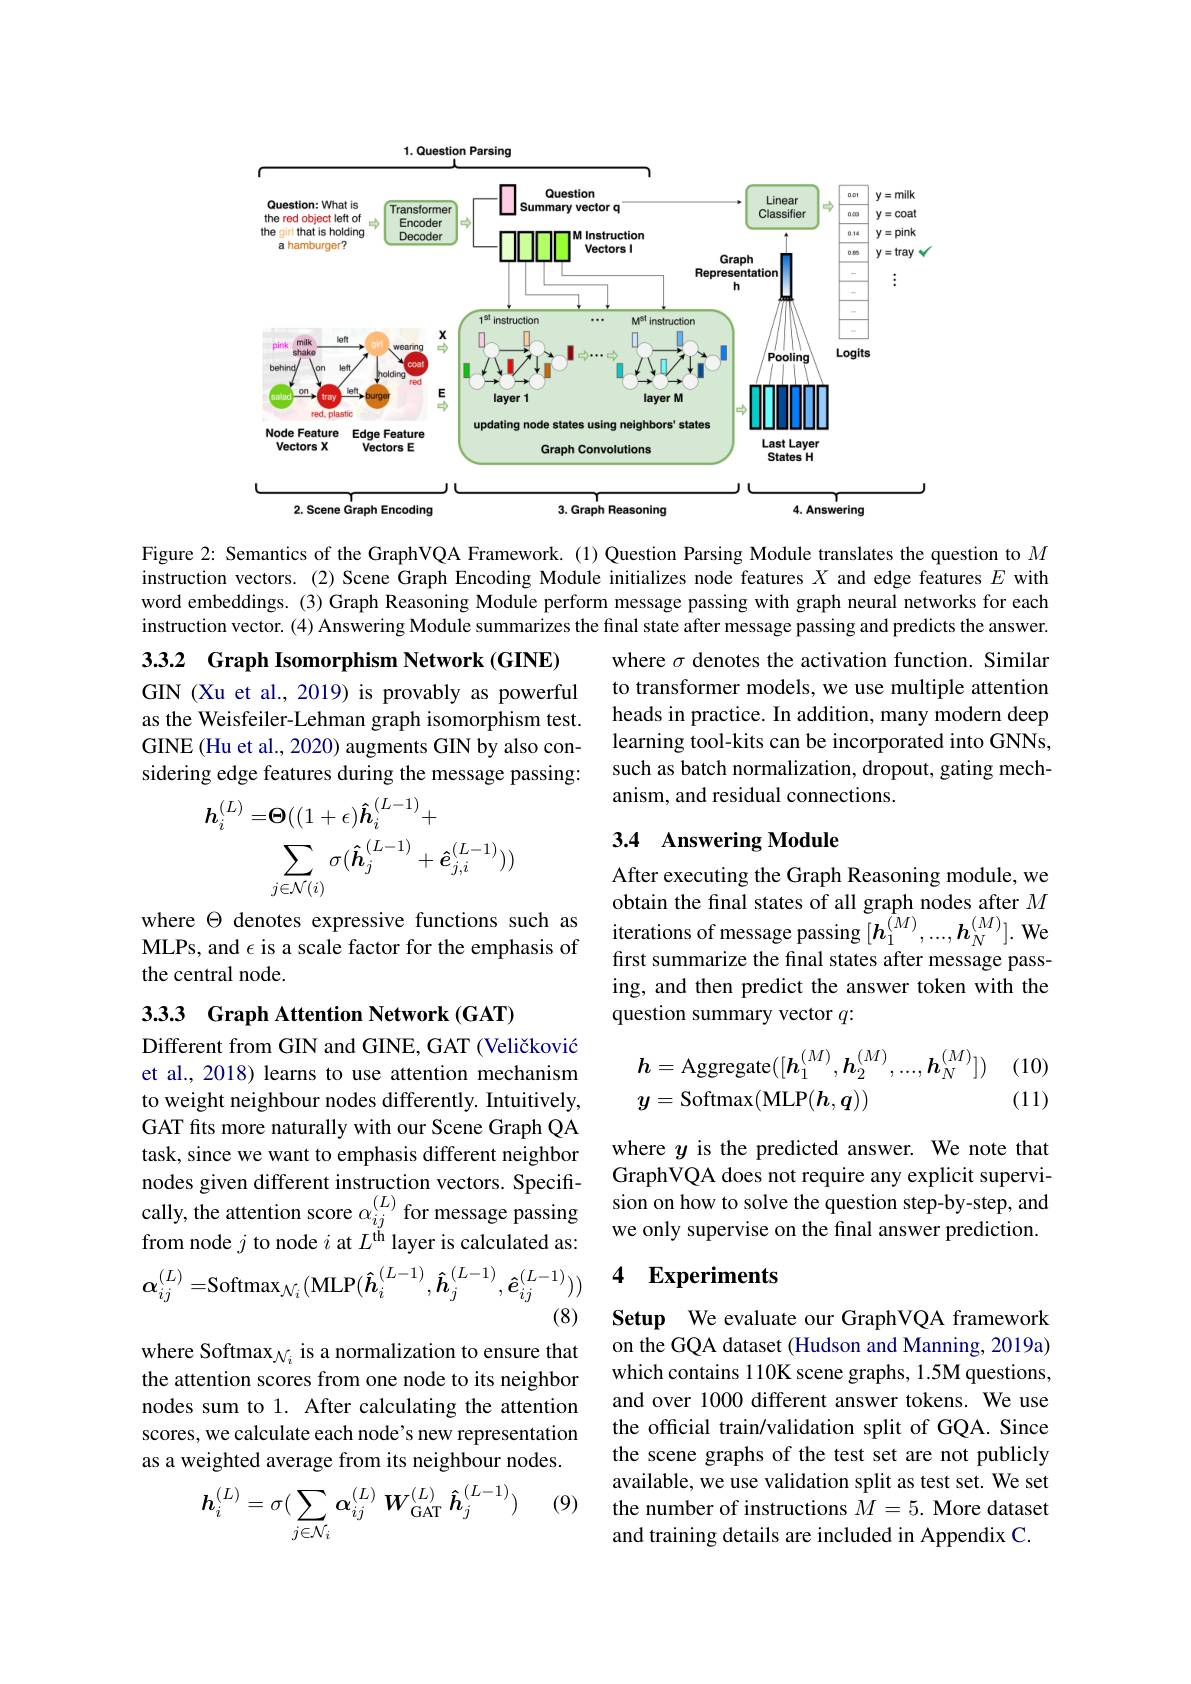
<FigureHere>

Figure 2: Semantics of the GraphVQA Framework.(1) Question Parsing Module translates the question to $M$ instruction vectors. (2) Scene Graph Encoding Module initializes node features $X$ and edge features $E$ with word embeddings. (3) Graph Reasoning Module perform message passing with graph neural networks for each instruction vector. (4) Answering Module summarizes the final state after message passing and predicts the answer.

3.3.2 Graph Isomorphism Network (GINE)

where $\sigma$ denotes the activation function. Similar to transformer models, we use multiple attention heads in practice. In addition, many modern deep learning tool-kits can be incorporated into GNNs, such as batch normalization, dropout, gating mechanism, and residual connections.

GIN (Xu et al., 2019) is provably as powerful as the Weisfeiler-Lehman graph isomorphism test. GINE (Hu et al., 2020) augments GIN by also considering edge features during the message passing:

## 3.4 Answering Module
$$\boldsymbol{h}_{i}^{(L)}=\boldsymbol{\Theta}((1+\epsilon)\boldsymbol{\hat{h}}_{i}^{(L-1)}+\\\sum_{j\in\mathcal{N}(i)}\sigma(\hat{\boldsymbol{h}}_{j}^{(L-1)}+\hat{\boldsymbol{e}}_{j,i}^{(L-1)}))$$
obtain the final states of all graph nodes after $M$ where $\Theta$ denotes expressive functions such asiterations of message passing $[ \boldsymbol{h}_1^{( M) }, \ldots , \boldsymbol{h}_N^{( M) }] .$ We MLPs, and $\epsilon$ is a scale factor for the emphasis offrst summarize the fnal

After executing the Graph Reasoning module, we first summarize the final states after message passing, and then predict the answer token with the question summary vector $q:$

the central node.

3.33 Graph Attention Network (GAT)
$$\begin{aligned}&\boldsymbol{h}=\mathrm{Aggregate}([\boldsymbol{h}_{1}^{(M)},\boldsymbol{h}_{2}^{(M)},...,\boldsymbol{h}_{N}^{(M)}])\\&\boldsymbol{y}=\mathrm{Softmax}(\mathrm{MLP}(\boldsymbol{h},\boldsymbol{q}))\end{aligned}$$
Different from GIN and GINE, GAT (Veličković et al., 2018) learns to use attention mechanism to weight neighbour nodes differently. Intuitively, GAT fits more naturally with our Scene Graph QA task, since we want to emphasis different neighbor nodes given different instruction vectors. Specifically, the attention score $\alpha_{ij}^{(L)}$for message passing sion on how to solve the question step-by-step, and cally, the attention score $\alpha_{ij}^{(L)}$for message passing we only supervise on the final answer prediction.
from node $j$ to node $i$ at $L^\mathrm{th}$ layer is calculated as:
$$\alpha_{ij}^{(L)}=\mathrm{Softmax}_{\mathcal{N}_{i}}(\mathrm{MLP}(\hat{h}_{i}^{(L-1)},\hat{h}_{j}^{(L-1)},\hat{e}_{ij}^{(L-1)}))$$
(8)

where $y$ is the predicted answer. We note that GraphVQA does not require any explicit superviwe only supervise on the final answer prediction.

### 4 Experiments

where Softmax$_{\mathcal{N}_i}$ is a normalization to ensure that the attention scores from one node to its neighbor nodes sum to 1. After calculating the attention scores, we calculate each node's new representation as a weighted average from its neighbour nodes.

Setup We evaluate our GraphVQA framework on the GQA dataset (Hudson and Manning, 2019a) which contains 110K scene graphs, 1.5M questions, and over 1000 different answer tokens. We use the official train/validation split of GQA. Since the scene graphs of the test set are not publicly available, we use validation split as test set. We set the number of instructions $M=5.$ More dataset and training details are included in Appendix C.

(9)
$$\boldsymbol{h}_i^{(L)}=\sigma(\sum_{j\in\mathcal{N}_i}\boldsymbol{\alpha}_{ij}^{(L)}\boldsymbol{W}_{\mathrm{GAT}}^{(L)}\boldsymbol{\hat{h}}_j^{(L-1)})$$